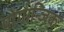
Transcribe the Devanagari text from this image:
पोगान्जिक